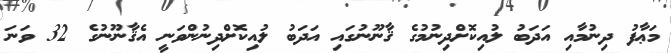
މަޢާފު ދިނުމާއި އަދަބު ލުއިކޮށްދިނުމުގެ ޤާނޫނުގައި އަދަބު ލުއިކޮށްދިނުންވަނީ އެޤާނޫނުގެ 32 ވަނަ